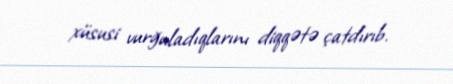
xüsusi vurğuladıqlarını diqqətə çatdırıb.